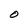
Character: O